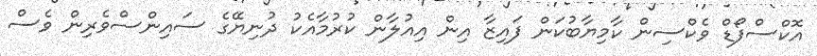
އޮކްސްފޯޑް ވެކްސިން ކާމިޔާބުކަން ފައިޒާ އިން އިއުލާން ކުރުމާއެކު ދުނިޔޭގެ ސައިންސްވެރިން ވެސް